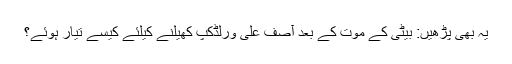
یہ بھی پڑھیں: بیٹی کے موت کے بعد آصف علی ورلڈکپ کھیلنے کیلئے کیسے تیار ہوئے؟